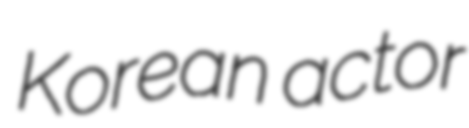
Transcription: Korean actor